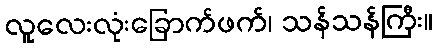
လူလေးလုံးခြောက်ဖက်၊ သန်သန်ကြီး။